Problem: 12 + 10 = ?
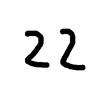
Handwritten answer: 22